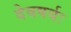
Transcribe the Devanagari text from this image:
देवषर्यः